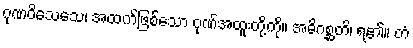
ဂုဏဝိသေသေ၊ အထက်ဖြစ်သော ဂုဏ်အထူးတို့ကို။ အဓိဂစ္ဆတိ၊ ရ၏။ တံ